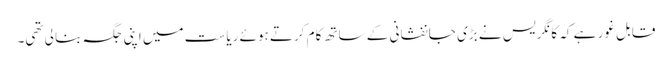
قابل غور ہے کہ کانگریس نے بڑی جانفشانی کے ساتھ کام کرتے ہوئے ریاست میں اپنی جگہ بنا لی تھی۔